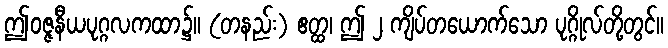
ဤဝဇ္ဇနီယပုဂ္ဂလကထာ၌။ (တနည်း) ဧတ္ထ၊ ဤ ၂ ကျိပ်တယောက်သော ပုဂ္ဂိုလ်တို့တွင်။